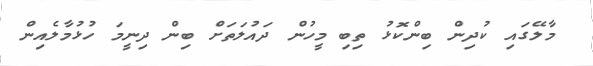
މާލޭގައި ކުދިން ބިންކޮޅު ތިބި މީހުން ދައުލަތަށް ބިން ދިނީމަ ހުޅުމާލެއިން